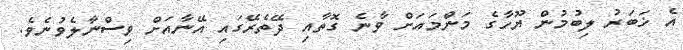
އެ ޚަބަރު ލިބުމުން ޔޫހާގެ މަންމައަށް ވާނެ ގޮތާއި ދޭތެރޭގައި އޭނާއަށް ވިސްނާލެވުނެވެ.